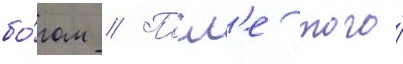
бо́гом // Посл'е того́